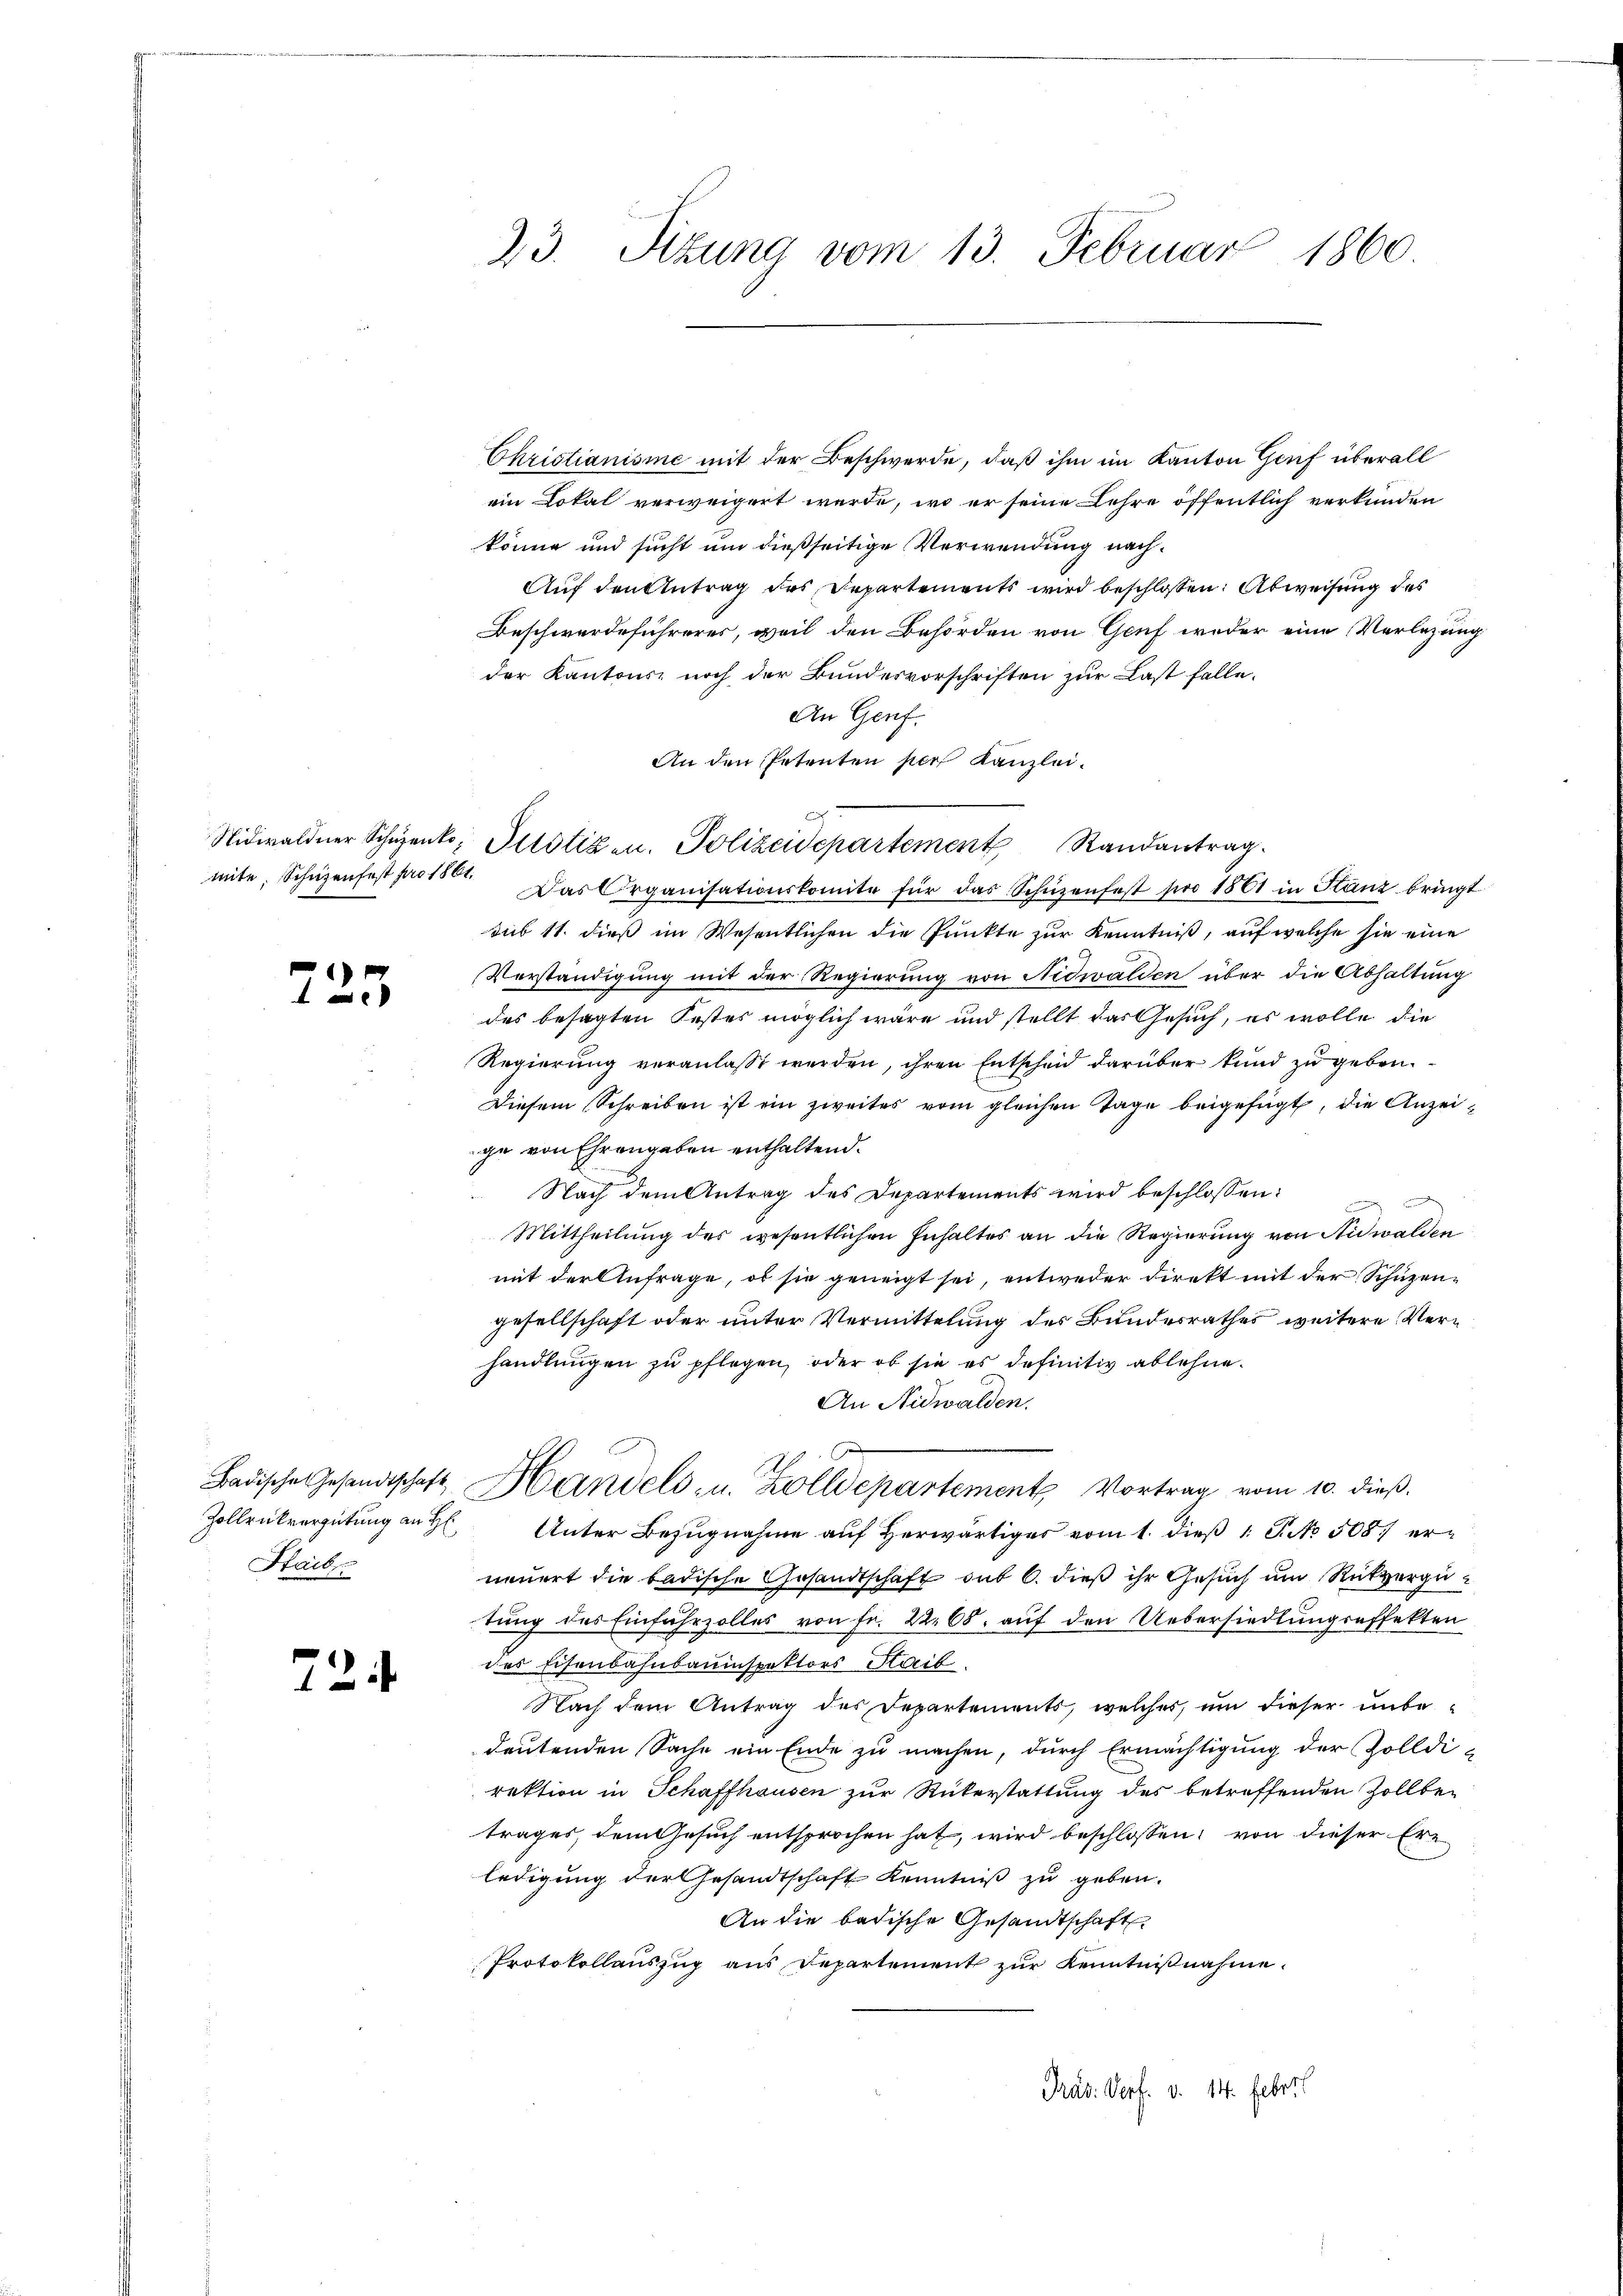
223

Zollrükvergütung an H
Staib

24

Christianisie mit der Beschwerde, daß ihm im Kanton Genf überall
ein Lokal verweigert werde, wo er seine Lehre öffentlich verkunden
könne und sucht um dießseitige Verwendung nach¬
Auf den Antrag des Departements wird beschlossen: Abweisung des
Beschwerdeführeres, weil den Behörden von Genf weder eine Verlegung
der Kantons noch der Bundesvorschriften zur Last falle.
An Genf.
An den Petenten per Kanzlei.
sub 11. dieß im Wesentlichen die Punkte zur Kenntniß, auf welche sie eine
Verständigung mit der Regierung von Nidwalden über die Abhaltung
des besagten Festes möglich wäre und stellt das Gesuch, es wolle die
Regierung veranlasst werden, ihren Entscheid darüber kund zu geben.
Diesem Schreiben ist ein zweites vom gleichen Tage beigefügt, die Anzeige von Ehrengaben enthaltend.
Nach dem Antrag des Departements wird beschlossen:

Mittheilung des wesentlichen Inhaltes an die Regierung von Nidwalden
mit der Anfrage, ob sie geneigt sei, entweder direkt mit der Schüzengesellschaft oder unter Vermittelung des Bundesrathes weitere Verhandlungen zu pflegen, oder ob sie es definitiv ablehne.
An Nidwalden.
x
Badische Gesandtschaft, Handels- u. Zolldepartement Vortrag vom 10. dieβ.
h
Unter Bezugnahme auf herwärtiger vom 1. dieß 1 S. 508. erneuert die badische Gesandtschaft sub 6. dieß ihr Gesuch um Rückvergütung des Einfuhrzolles von Fr. 2268. auf den Uebersiedlungseffekten
des Eisenbahnbauinspektors Hait.
Nach dem Antrag des Departements, welcher ŭm dieser ŭnbe-
deutenden Sache ein Ende zu machen, durch Ermächtigung der Zolldirektion in Schaffhausen zur Rükerstattung des betreffenden Zollbetrages, dem Gesuch entsprochen hat, wird beschlossen, von dieser Ern
ledigung der Gesandtschaft Kenntniß zu geben.
An die badische Gesandtschaft
Protokollauszug aus Departement zur Kenntnißnahme.
Präs. Verf. v. 14. Feberl

23. Sitzung vom 13. Februar 1860.

Nidwaldner Schüzenko Pilotizen. Polizeidepartement Randantrag.
mite. Schüzenfest pro 1801. Das Organisationskomite für das Schüzenfest pro 1861 in Stanz bringt